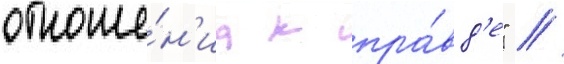
отноше́н'иа к пра́вд'е" //